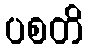
ပစတိ